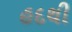
હદથી